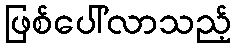
ဖြစ်ပေါ်လာသည့်